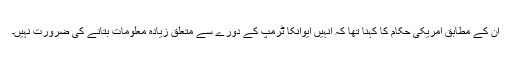
ان کے مطابق امریکی حکام کا کہنا تھا کہ انہیں ایوانکا ٹرمپ کے دورے سے متعلق زیادہ معلومات بتانے کی ضرورت نہیں۔